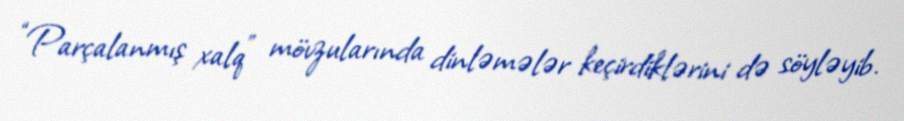
“Parçalanmış xalq” mövzularında dinləmələr keçirdiklərini də söyləyib.